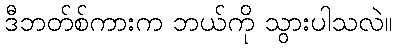
ဒီဘတ်စ်ကားက ဘယ်ကို သွားပါသလဲ။